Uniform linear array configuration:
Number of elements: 4
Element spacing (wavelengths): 0.25
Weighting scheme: exponential
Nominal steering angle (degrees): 45
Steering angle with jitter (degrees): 46.964
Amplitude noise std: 0.05
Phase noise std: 0.05

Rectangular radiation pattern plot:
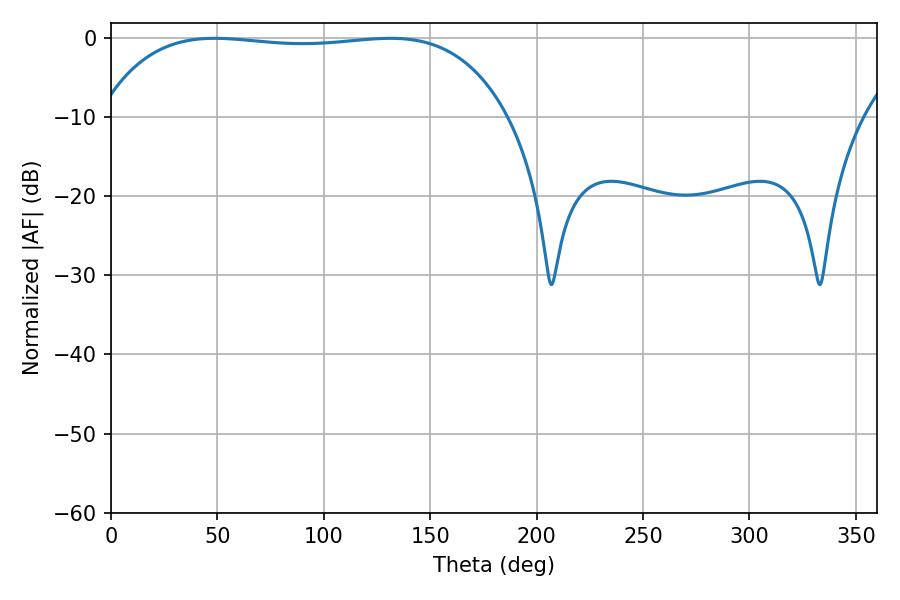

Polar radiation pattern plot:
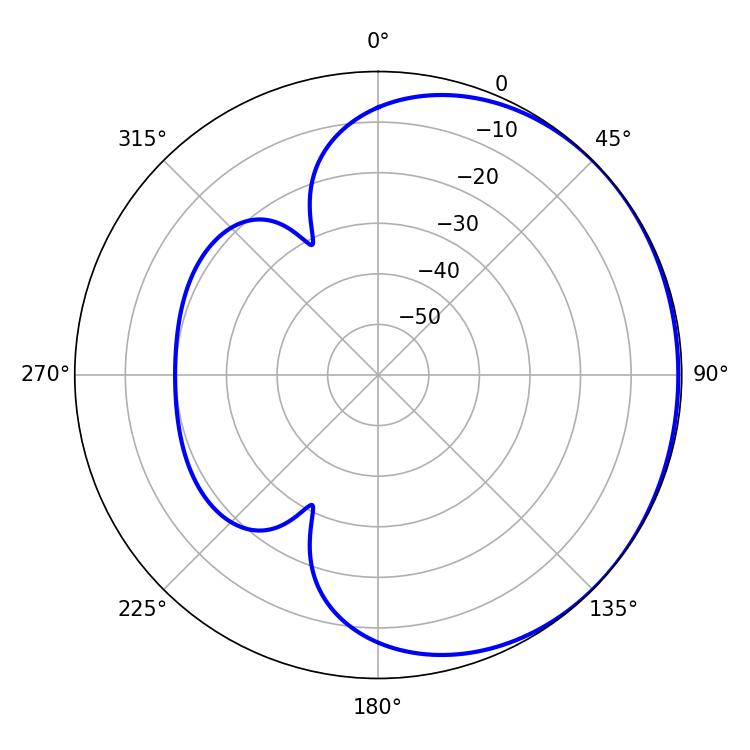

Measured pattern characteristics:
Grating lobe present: FALSE
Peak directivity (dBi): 0.573
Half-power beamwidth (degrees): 152.28
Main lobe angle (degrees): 48.78